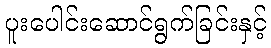
ပူးပေါင်းဆောင်ရွက်ခြင်းနှင့်